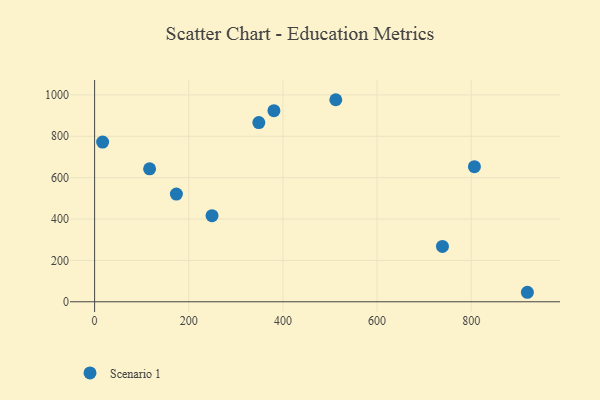
{"axis": {"x": "Distance", "y": "Exam Score"}, "legend": ["Scenario 1"], "data": [{"x": "919.3", "y": 45.9, "type": "Scenario 1"}, {"x": "249.4", "y": 416.4, "type": "Scenario 1"}, {"x": "738.9", "y": 267.6, "type": "Scenario 1"}, {"x": "380.9", "y": 924.0, "type": "Scenario 1"}, {"x": "348.8", "y": 866.3, "type": "Scenario 1"}, {"x": "806.8", "y": 653.2, "type": "Scenario 1"}, {"x": "512.3", "y": 976.7, "type": "Scenario 1"}, {"x": "173.7", "y": 520.8, "type": "Scenario 1"}, {"x": "17.0", "y": 772.0, "type": "Scenario 1"}, {"x": "116.8", "y": 642.5, "type": "Scenario 1"}]}